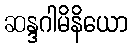
ဆန္ဒဂါမိနိယော